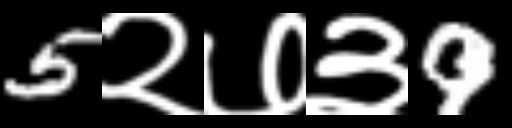
Text: 5२७३9